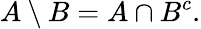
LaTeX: A\setminus B=A\cap B^{c}.